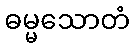
ဓမ္မသောတံ